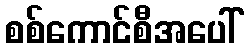
စစ်ကောင်စီအပေါ်